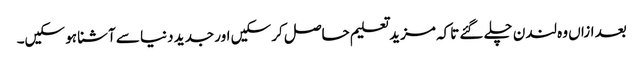
بعد ازاں وہ لندن چلے گئے تاکہ مزید تعلیم حاصل کر سکیں اور جدید دنیا سے آشنا ہو سکیں۔